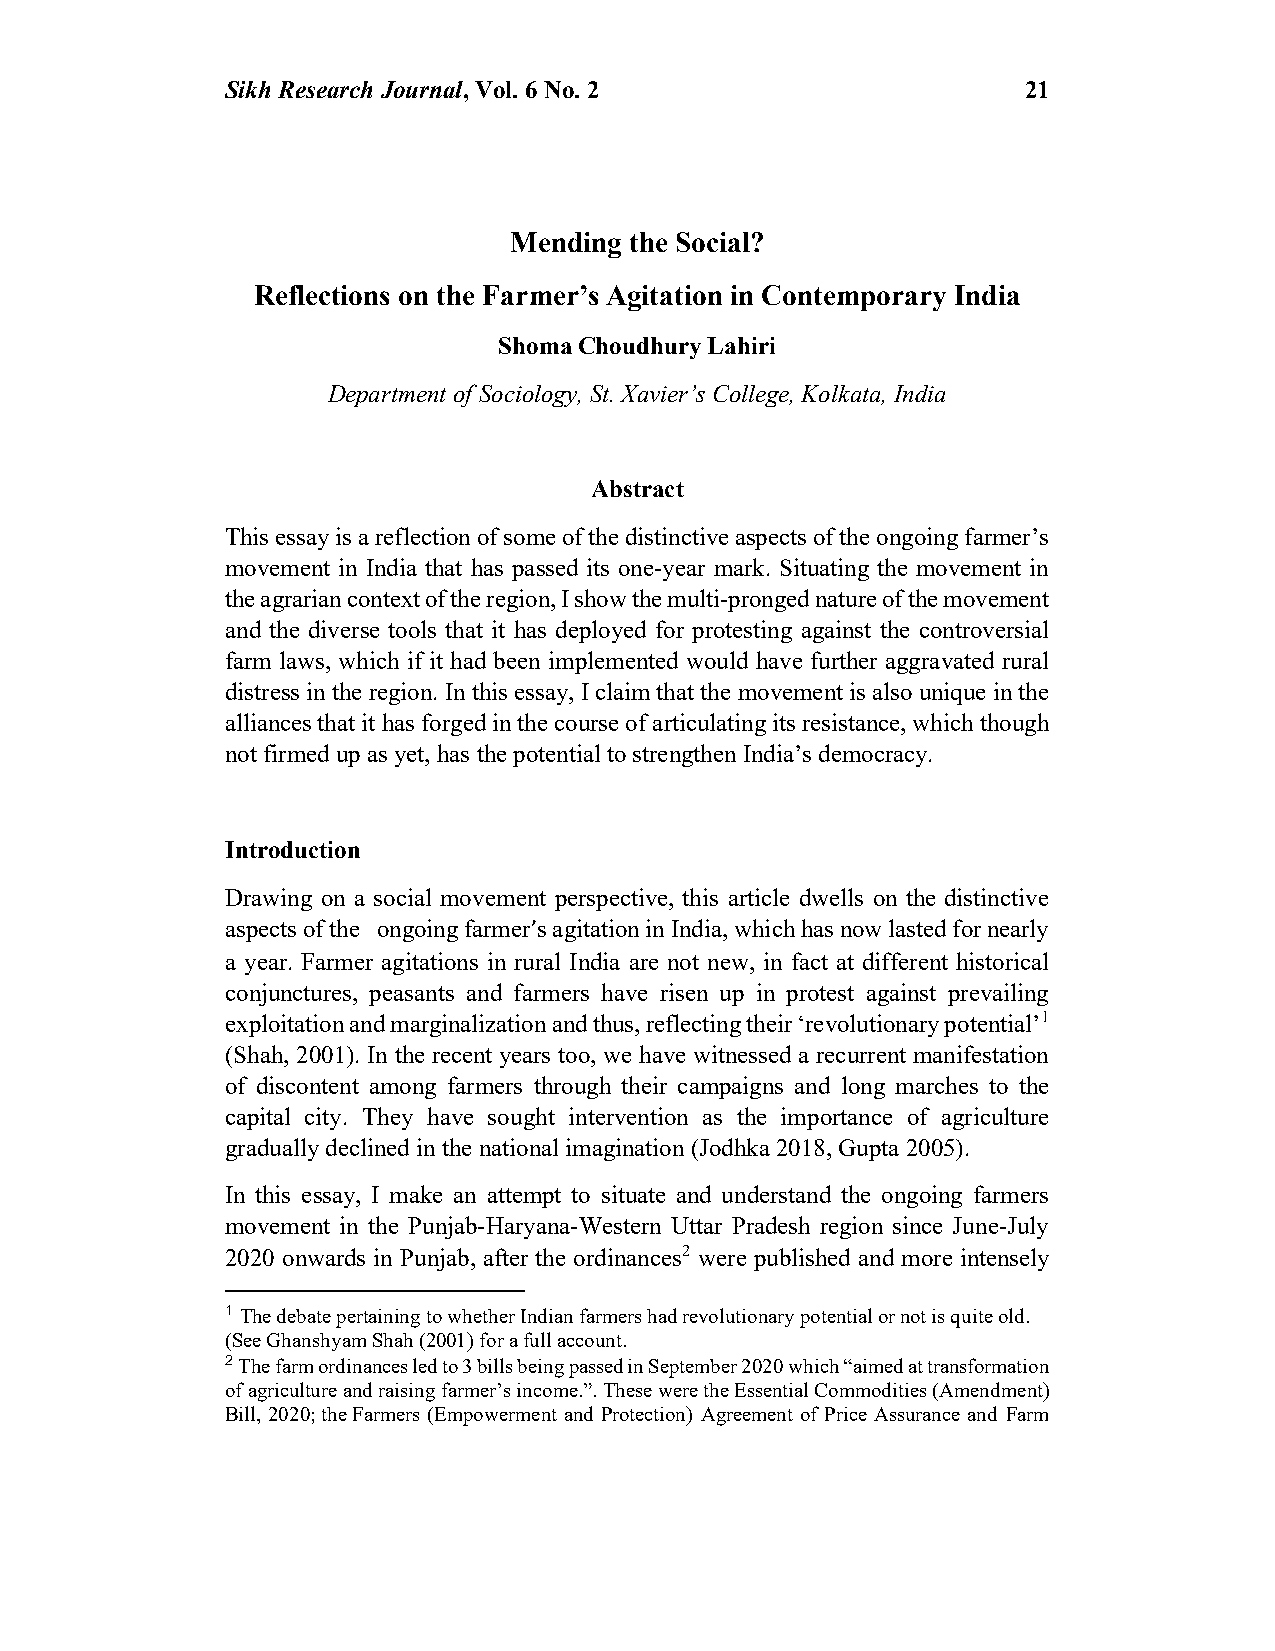
Sikh Research Journal, Vol. 6 No. 2                  21
 Mending the Social?
 Reflections on the Farmer’s Agitation in Contemporary India
 Shoma Choudhury Lahiri
 Department of Sociology, St. Xavier’s College, Kolkata, India
 Abstract
 This essay is a reflection of some of the distinctive aspects of the ongoing farmer’s
 movement in India that has passed its one-year mark. Situating the movement in
 the agrarian context of the region, I show the multi-pronged nature of the movement
 and the diverse tools that it has deployed for protesting against the controversial
 farm laws, which if it had been implemented would have further aggravated rural
 distress in the region. In this essay, I claim that the movement is also unique in the
 alliances that it has forged in the course of articulating its resistance, which though
 not firmed up as yet, has the potential to strengthen India’s democracy.
 Introduction
 Drawing on a social movement perspective, this article dwells on the distinctive
 aspects of the ongoing farmer’s agitation in India, which has now lasted for nearly
 a year. Farmer agitations in rural India are not new, in fact at different historical
 conjunctures, peasants and farmers have risen up in protest against prevailing
 exploitation and marginalization and thus, reflecting their ‘revolutionary potential’1
 (Shah, 2001). In the recent years too, we have witnessed a recurrent manifestation
 of discontent among farmers through their campaigns and long marches to the
 capital city. They have sought intervention as the importance of agriculture
 gradually declined in the national imagination (Jodhka 2018, Gupta 2005).
 In this essay, I make an attempt to situate and understand the ongoing farmers
 movement in the Punjab-Haryana-Western Uttar Pradesh region since June-July
 2020 onwards in Punjab, after the ordinances2 were published and more intensely
 1 The debate pertaining to whether Indian farmers had revolutionary potential or not is quite old.
 (See Ghanshyam Shah (2001) for a full account.
 2 The farm ordinances led to 3 bills being passed in September 2020 which “aimed at transformation
 of agriculture and raising farmer’s income.”. These were the Essential Commodities (Amendment)
 Bill, 2020; the Farmers (Empowerment and Protection) Agreement of Price Assurance and Farm